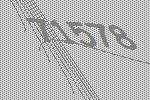
71578